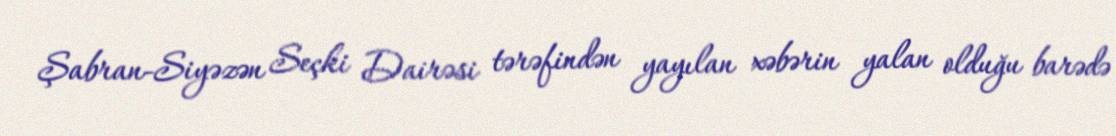
Şabran-Siyəzən Seçki Dairəsi tərəfindən yayılan xəbərin yalan olduğu barədə